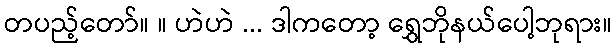
တပည့်တော်။ ။ ဟဲဟဲ ... ဒါကတော့ ရွှေဘိုနယ်ပေါ့ဘုရား။